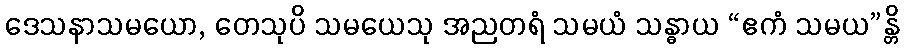
ဒေသနာသမယော, တေသုပိ သမယေသု အညတရံ သမယံ သန္ဓာယ “ဧကံ သမယ”န္တိ